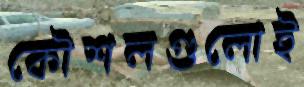
কৌশলগুলোই